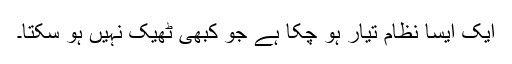
ایک ایسا نظام تیار ہو چکا ہے جو کبھی ٹھیک نہیں ہو سکتا۔